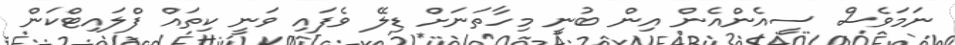
ނަމަވެސް ސީއެންއެން އިން ބުނީ މިހާތަނަށް ޑިލޭ ވެފައި ވަނީ ކިތައް ފްލައިޓްކަން